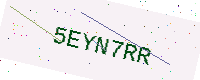
Text: 5EYN7RR